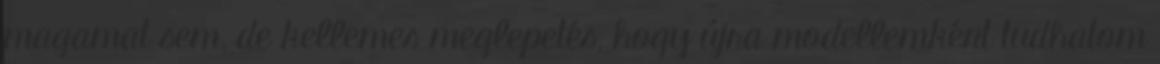
magamat sem, de kellemes meglepetés, hogy újra modellemként tudhatom